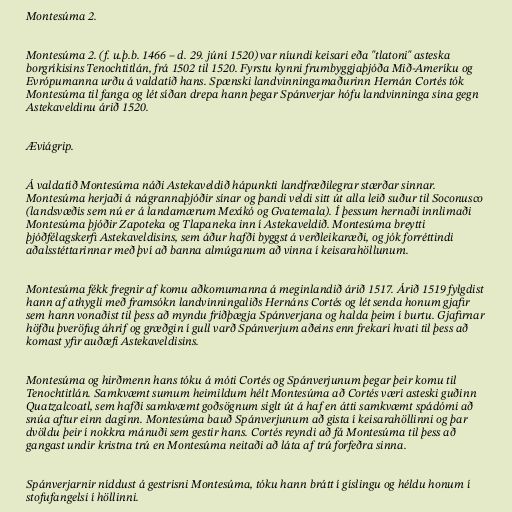
Montesúma 2.

Montesúma 2. (f. u.þ.b. 1466 – d. 29. júní 1520) var níundi keisari eða "tlatoni" asteska
borgríkisins Tenochtitlán, frá 1502 til 1520. Fyrstu kynni frumbyggjaþjóða Mið-Ameríku og
Evrópumanna urðu á valdatíð hans. Spænski landvinningamaðurinn Hernán Cortés tók
Montesúma til fanga og lét síðan drepa hann þegar Spánverjar hófu landvinninga sína gegn
Astekaveldinu árið 1520.

Æviágrip.

Á valdatíð Montesúma náði Astekaveldið hápunkti landfræðilegrar stærðar sinnar.
Montesúma herjaði á nágrannaþjóðir sínar og þandi veldi sitt út alla leið suður til Soconusco
(landsvæðis sem nú er á landamærum Mexíkó og Gvatemala). Í þessum hernaði innlimaði
Montesúma þjóðir Zapoteka og Tlapaneka inn í Astekaveldið. Montesúma breytti
þjóðfélagskerfi Astekaveldisins, sem áður hafði byggst á verðleikaræði, og jók forréttindi
aðalsstéttarinnar með því að banna almúganum að vinna í keisarahöllunum.

Montesúma fékk fregnir af komu aðkomumanna á meginlandið árið 1517. Árið 1519 fylgdist
hann af athygli með framsókn landvinningaliðs Hernáns Cortés og lét senda honum gjafir
sem hann vonaðist til þess að myndu friðþægja Spánverjana og halda þeim í burtu. Gjafirnar
höfðu þveröfug áhrif og græðgin í gull varð Spánverjum aðeins enn frekari hvati til þess að
komast yfir auðæfi Astekaveldisins.

Montesúma og hirðmenn hans tóku á móti Cortés og Spánverjunum þegar þeir komu til
Tenochtitlán. Samkvæmt sumum heimildum hélt Montesúma að Cortés væri asteski guðinn
Quatzalcoatl, sem hafði samkvæmt goðsögnum siglt út á haf en átti samkvæmt spádómi að
snúa aftur einn daginn. Montesúma bauð Spánverjunum að gista í keisarahöllinni og þar
dvöldu þeir í nokkra mánuði sem gestir hans. Cortés reyndi að fá Montesúma til þess að
gangast undir kristna trú en Montesúma neitaði að láta af trú forfeðra sinna.

Spánverjarnir níddust á gestrisni Montesúma, tóku hann brátt í gíslingu og héldu honum í
stofufangelsi í höllinni.